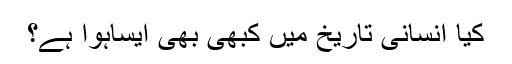
کیا انسانی تاریخ میں کبھی بھی ایساہوا ہے؟